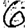
Digit: 6